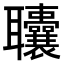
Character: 𫆓